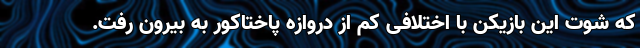
که شوت این بازیکن با اختلافی کم از دروازه پاختاکور به بیرون رفت.